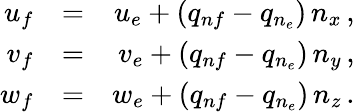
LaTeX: \begin{array}{rlr}{{u_{f}}}&{{=}}&{{u_{e}+(q_{nf}-q_{n_{e}})\, n_{x}\, \mathrm{,}}}\\ {{v_{f}}}&{{=}}&{{v_{e}+(q_{nf}-q_{n_{e}})\, n_{y}\, \mathrm{,}}}\\ {{w_{f}}}&{{=}}&{{w_{e}+(q_{nf}-q_{n_{e}})\, n_{z}\, \mathrm{.}}}\end{array}